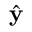
\hat { \mathbf { y } }